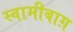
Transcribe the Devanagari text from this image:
स्वामीबाग़